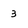
Character: 3